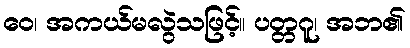
ဝေ၊ အကယ်မလွဲသဖြင့်။ ပတ္တဂူ၊ အဘ၏